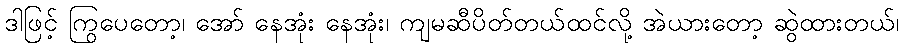
ဒါဖြင့် ကြွပေတော့၊ အော် နေအုံး နေအုံး၊ ကျမဆီပိတ်တယ်ထင်လို့ အဲယားတော့ ဆွဲထားတယ်၊